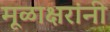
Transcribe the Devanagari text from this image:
मूळाक्षरांनी